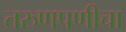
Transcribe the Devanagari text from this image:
तरुणपणीचा